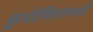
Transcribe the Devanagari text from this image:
कुपोषितामध्ये